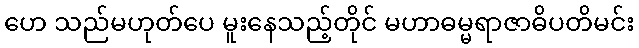
ဟေ သည်မဟုတ်ပေ မူးနေသည့်တိုင် မဟာဓမ္မရာဇာဓိပတိမင်း